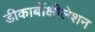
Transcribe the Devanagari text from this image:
डीकार्बोक्षीलेशन